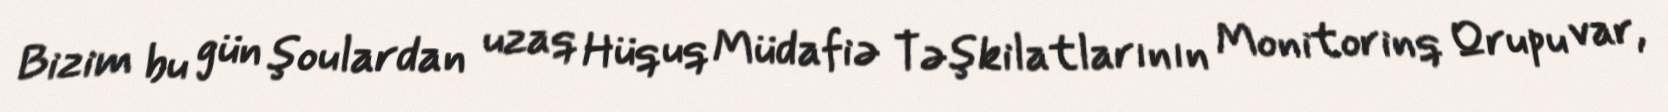
Bizim bu gün şoulardan uzaq Hüquq Müdafiə Təşkilatlarının Monitorinq Qrupu var,